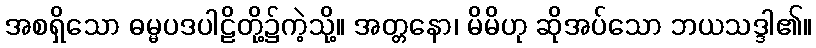
အစရှိသော ဓမ္မပဒပါဠိတို့၌ကဲ့သို့။ အတ္တနော၊ မိမိဟု ဆိုအပ်သော ဘယသဒ္ဒါ၏။